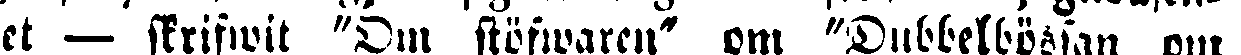
et — skrifwit "Om stöfwaren" om "Dubbelbössan om